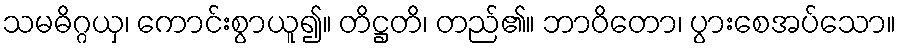
သမဓိဂ္ဂယှ၊ ကောင်းစွာယူ၍။ တိဋ္ဌတိ၊ တည်၏။ ဘာဝိတော၊ ပွားစေအပ်သော။